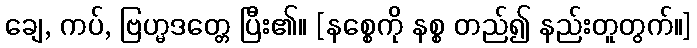
ချေ, ကပ်, ဗြဟ္မဒတ္တေ ပြီး၏။ [နစ္စေကို နစ္စ တည်၍ နည်းတူတွက်။]